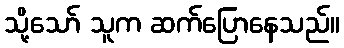
သို့သော် သူက ဆက်ပြောနေသည်။